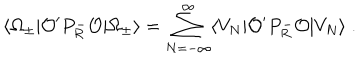
LaTeX: \langle \Omega _ { \pm } | { \cal O } ^ { \prime } P _ { R } ^ { - } { \cal O } | \Omega _ { \pm } \rangle = \sum _ { N = - \infty } ^ { \infty } \langle V _ { N } | { \cal O } ^ { \prime } P _ { R } ^ { - } { \cal O } | V _ { N } \rangle \; .